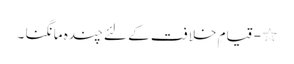
٭ - قیامِ خلافت کے لئے چندہ مانگنا ۔